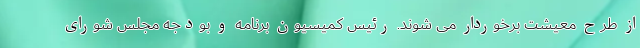
از طرح معیشت برخوردار می شوند. رئیس کمیسیون برنامه و بودجه مجلس شورای